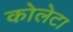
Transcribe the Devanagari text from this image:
कोलेटा